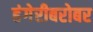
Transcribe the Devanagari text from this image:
हंगेरीबरोबर